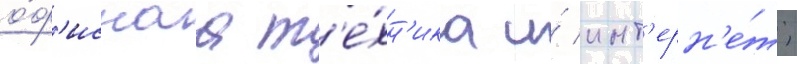
о́ф'иснаа т'е́хн'ика и́ инт'ерн'е́т;